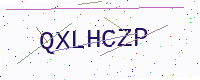
Text: QXLHCZP